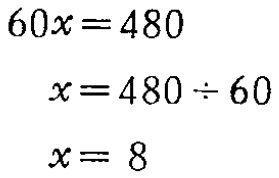
\[

\begin{align*}

60x&=480\\

x&=480\div60\\

x&= 8

\end{align*}

\]